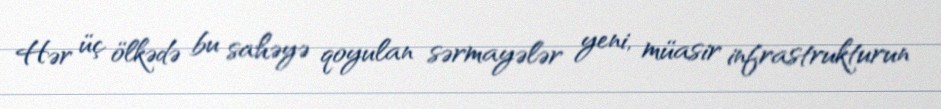
Hər üç ölkədə bu sahəyə qoyulan sərmayələr yeni, müasir infrastrukturun